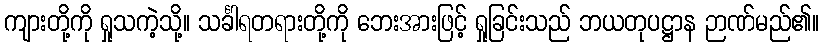
ကျားတို့ကို ရှုသကဲ့သို့။ သင်္ခါရတရားတို့ကို ဘေးအားဖြင့် ရှုခြင်းသည် ဘယတုပဋ္ဌာန ဉာဏ်မည်၏။